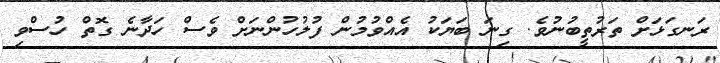
ރަނގަޅަށް ތަރުތީބުނުވެ. ގިނަ ބަޔަކު އެއްވުމުން ފުލުހުންނަށް ވެސް ހަދާނެ ގޮތް ހުސްވި